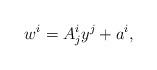
LaTeX: \begin{align*}w^i=A^i_jy^j + a^i,\end{align*}